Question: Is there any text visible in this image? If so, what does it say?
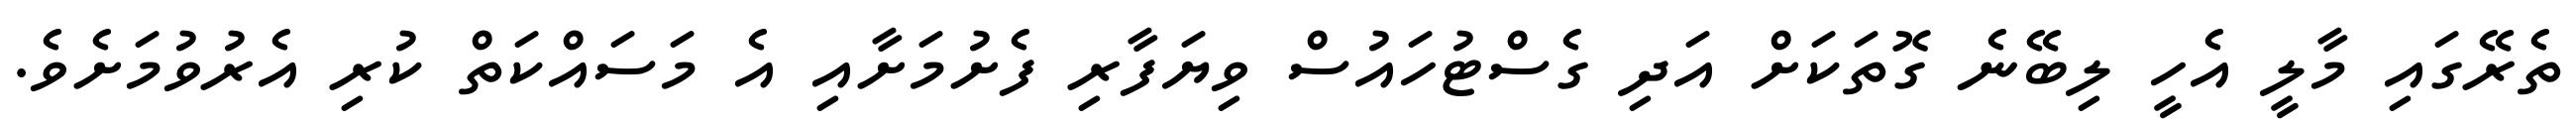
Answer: ތެރޭގައި މާލީ އެހީ ލިބޭނެ ގޮތަކަށް އަދި ގެސްޓުހައުސް ވިޔަފާރި ފެށުމަށާއި އެ މަސައްކަތް ކުރި އެރުވުމަށެވެ.